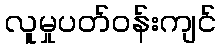
လူမှုပတ်ဝန်းကျင်